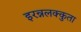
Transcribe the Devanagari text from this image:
इरन्नलक्कुता